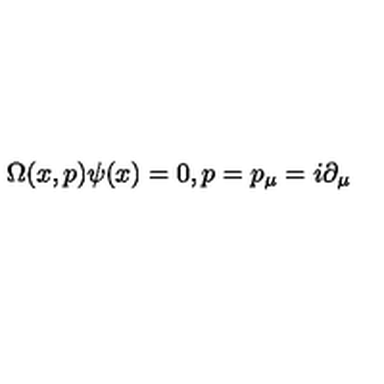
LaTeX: \Omega ( x , p ) \psi ( x ) = 0 , p = p _ { \mu } = i \partial _ { \mu }